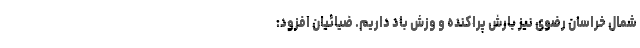
شمال خراسان رضوی نیز بارش پراکنده و وزش باد داریم. ضیائیان افزود: